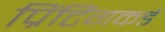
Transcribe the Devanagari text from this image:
प्रिंटिंगकडे